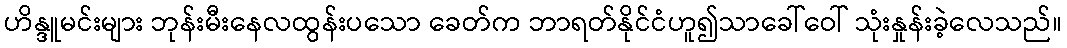
ဟိန္ဒူမင်းများ ဘုန်းမီးနေလထွန်းပသော ခေတ်က ဘာရတ်နိုင်ငံဟူ၍သာခေါ်ဝေါ် သုံးနှုန်းခဲ့လေသည်။